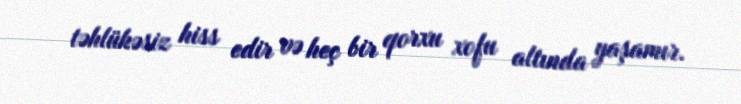
təhlükəsiz hiss edir və heç bir qorxu xofu altında yaşamır.